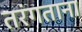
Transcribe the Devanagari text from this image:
तरंगताना